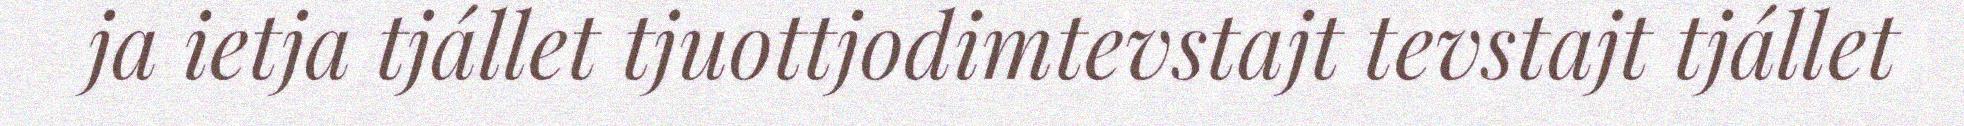
ja ietja tjállet tjuottjodimtevstajt tevstajt tjállet